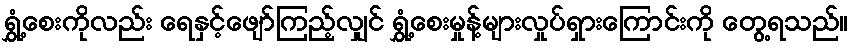
ရွှံ့စေးကိုလည်း ရေနှင့်ဖျော်ကြည့်လျှင် ရွှံ့စေးမှုန့်များလှုပ်ရှားကြောင်းကို တွေ့ရသည်။